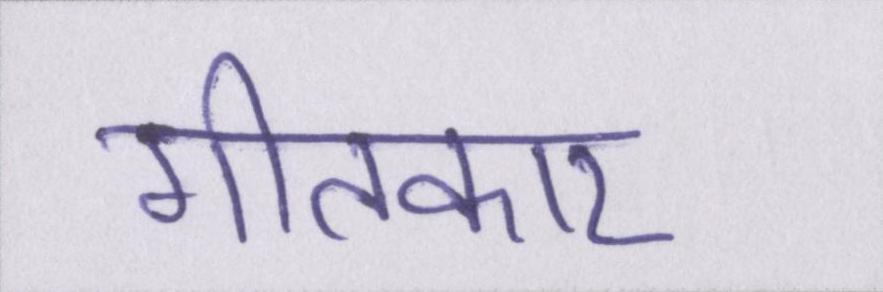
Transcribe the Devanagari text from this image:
गीतकार